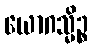
ယောဂသ္မိဉ္စ